Report on vaccination in Madras 1904-1921 - 1904-1921
Year: 1904
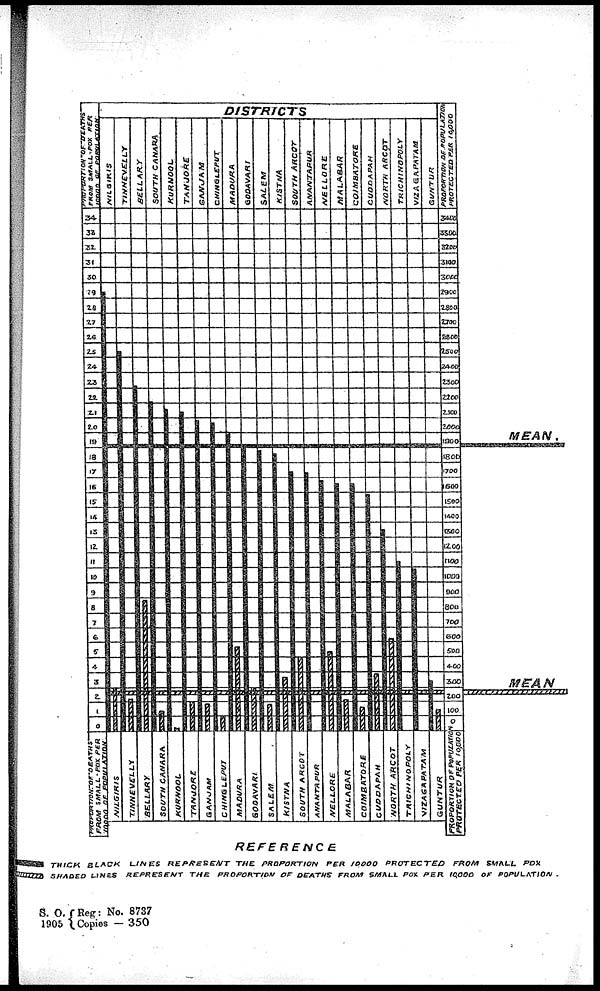
S. O.
1905
[Reg: No. 8737
[Copies — 350